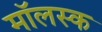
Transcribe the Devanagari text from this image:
मॉलस्क